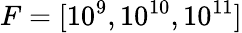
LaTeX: F=[10^{9},10^{10},10^{11}]